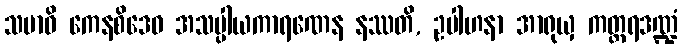
သမာဓိ ကေနစိဒေဝ အသပ္ပါယကာရဏေန နဿတိ, ဥပါဟနာ အာရုယှ ကတ္တရဒဏ္ဍံ